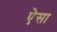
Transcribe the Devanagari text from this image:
ऐेसा